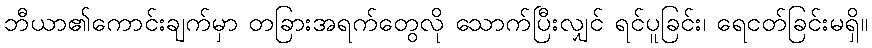
ဘီယာ၏ကောင်းချက်မှာ တခြားအရက်တွေလို သောက်ပြီးလျှင် ရင်ပူခြင်း၊ ရေငတ်ခြင်းမရှိ။